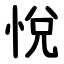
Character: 悅